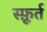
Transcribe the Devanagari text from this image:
स्फ़ूर्त